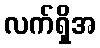
လက်ရှိအ